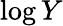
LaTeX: \log Y